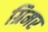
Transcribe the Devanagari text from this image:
ग्रिमर